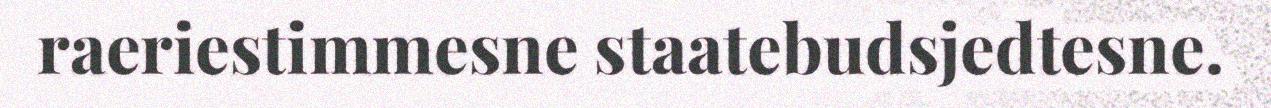
raeriestimmesne staatebudsjedtesne.